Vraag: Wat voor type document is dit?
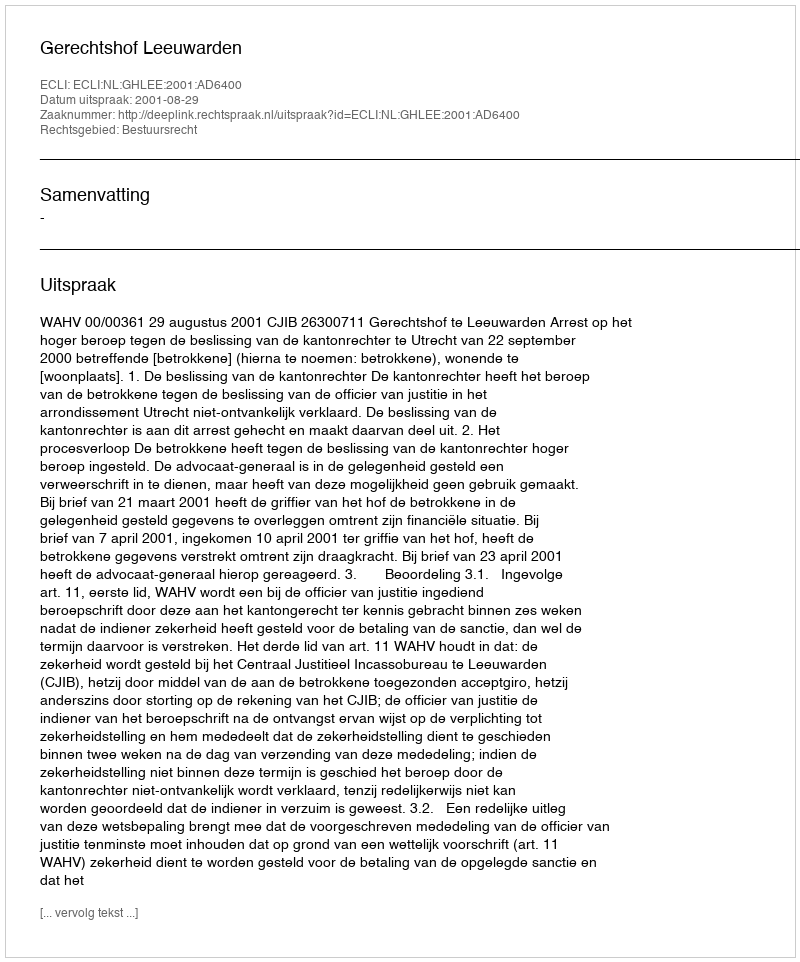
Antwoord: Uitspraak